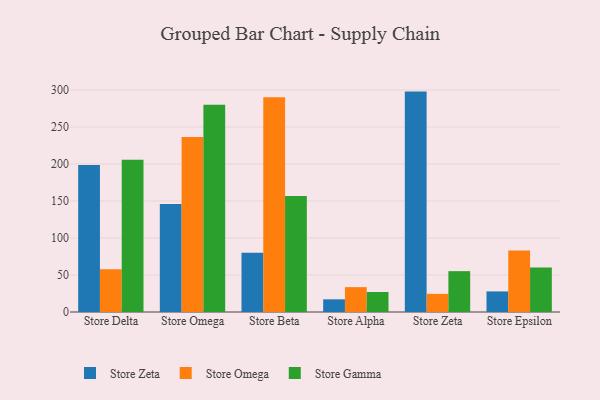
{"axis": {"x": "Store", "y": "Inventory Turnover"}, "legend": ["Store Gamma", "Store Omega", "Store Zeta"], "data": [{"x": "Store Delta", "y": 198.6, "type": "Store Zeta"}, {"x": "Store Delta", "y": 57.6, "type": "Store Omega"}, {"x": "Store Delta", "y": 205.7, "type": "Store Gamma"}, {"x": "Store Omega", "y": 146.0, "type": "Store Zeta"}, {"x": "Store Omega", "y": 236.6, "type": "Store Omega"}, {"x": "Store Omega", "y": 279.9, "type": "Store Gamma"}, {"x": "Store Beta", "y": 80.1, "type": "Store Zeta"}, {"x": "Store Beta", "y": 290.0, "type": "Store Omega"}, {"x": "Store Beta", "y": 156.7, "type": "Store Gamma"}, {"x": "Store Alpha", "y": 17.1, "type": "Store Zeta"}, {"x": "Store Alpha", "y": 33.6, "type": "Store Omega"}, {"x": "Store Alpha", "y": 27.0, "type": "Store Gamma"}, {"x": "Store Zeta", "y": 297.8, "type": "Store Zeta"}, {"x": "Store Zeta", "y": 24.5, "type": "Store Omega"}, {"x": "Store Zeta", "y": 55.2, "type": "Store Gamma"}, {"x": "Store Epsilon", "y": 27.8, "type": "Store Zeta"}, {"x": "Store Epsilon", "y": 83.0, "type": "Store Omega"}, {"x": "Store Epsilon", "y": 60.0, "type": "Store Gamma"}]}